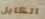
الكابل